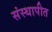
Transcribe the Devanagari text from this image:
संस्थापीत